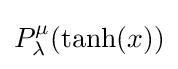
P_{\lambda }^{\mu }(\tanh(x))